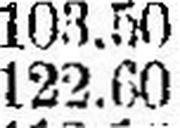
122.60